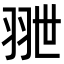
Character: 𦐕